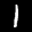
Label: 1